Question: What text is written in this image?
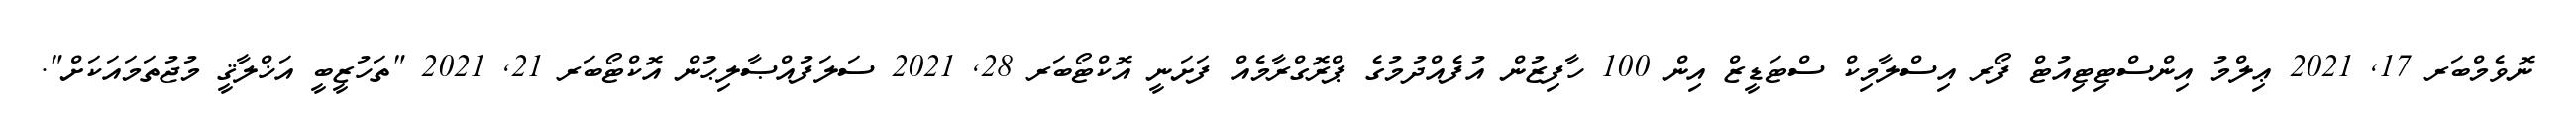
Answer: ނޮވެމްބަރ 17, 2021 ޢިލްމު އިންސްޓިޓިއުޓް ފޯރ އިސްލާމިކް ސްޓަޑީޒް އިން 100 ހާފިޒުން އުފެއްދުމުގެ ޕްރޮގްރާމެއް ފަށަނީ އޮކްޓޯބަރ 28, 2021 ސަލަފުއްޞާލިޙުން އޮކްޓޯބަރ 21, 2021 "ތަހުޒީބީ އަޚްލާޤީ މުޖުތަމައަކަށް".